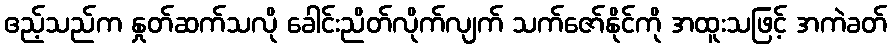
ဧည့်သည်က နှုတ်ဆက်သလို ခေါင်းညိတ်လိုက်လျက် သက်ဇော်နိုင်ကို အထူးသဖြင့် အကဲခတ်